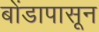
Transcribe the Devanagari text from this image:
बोंडापासून